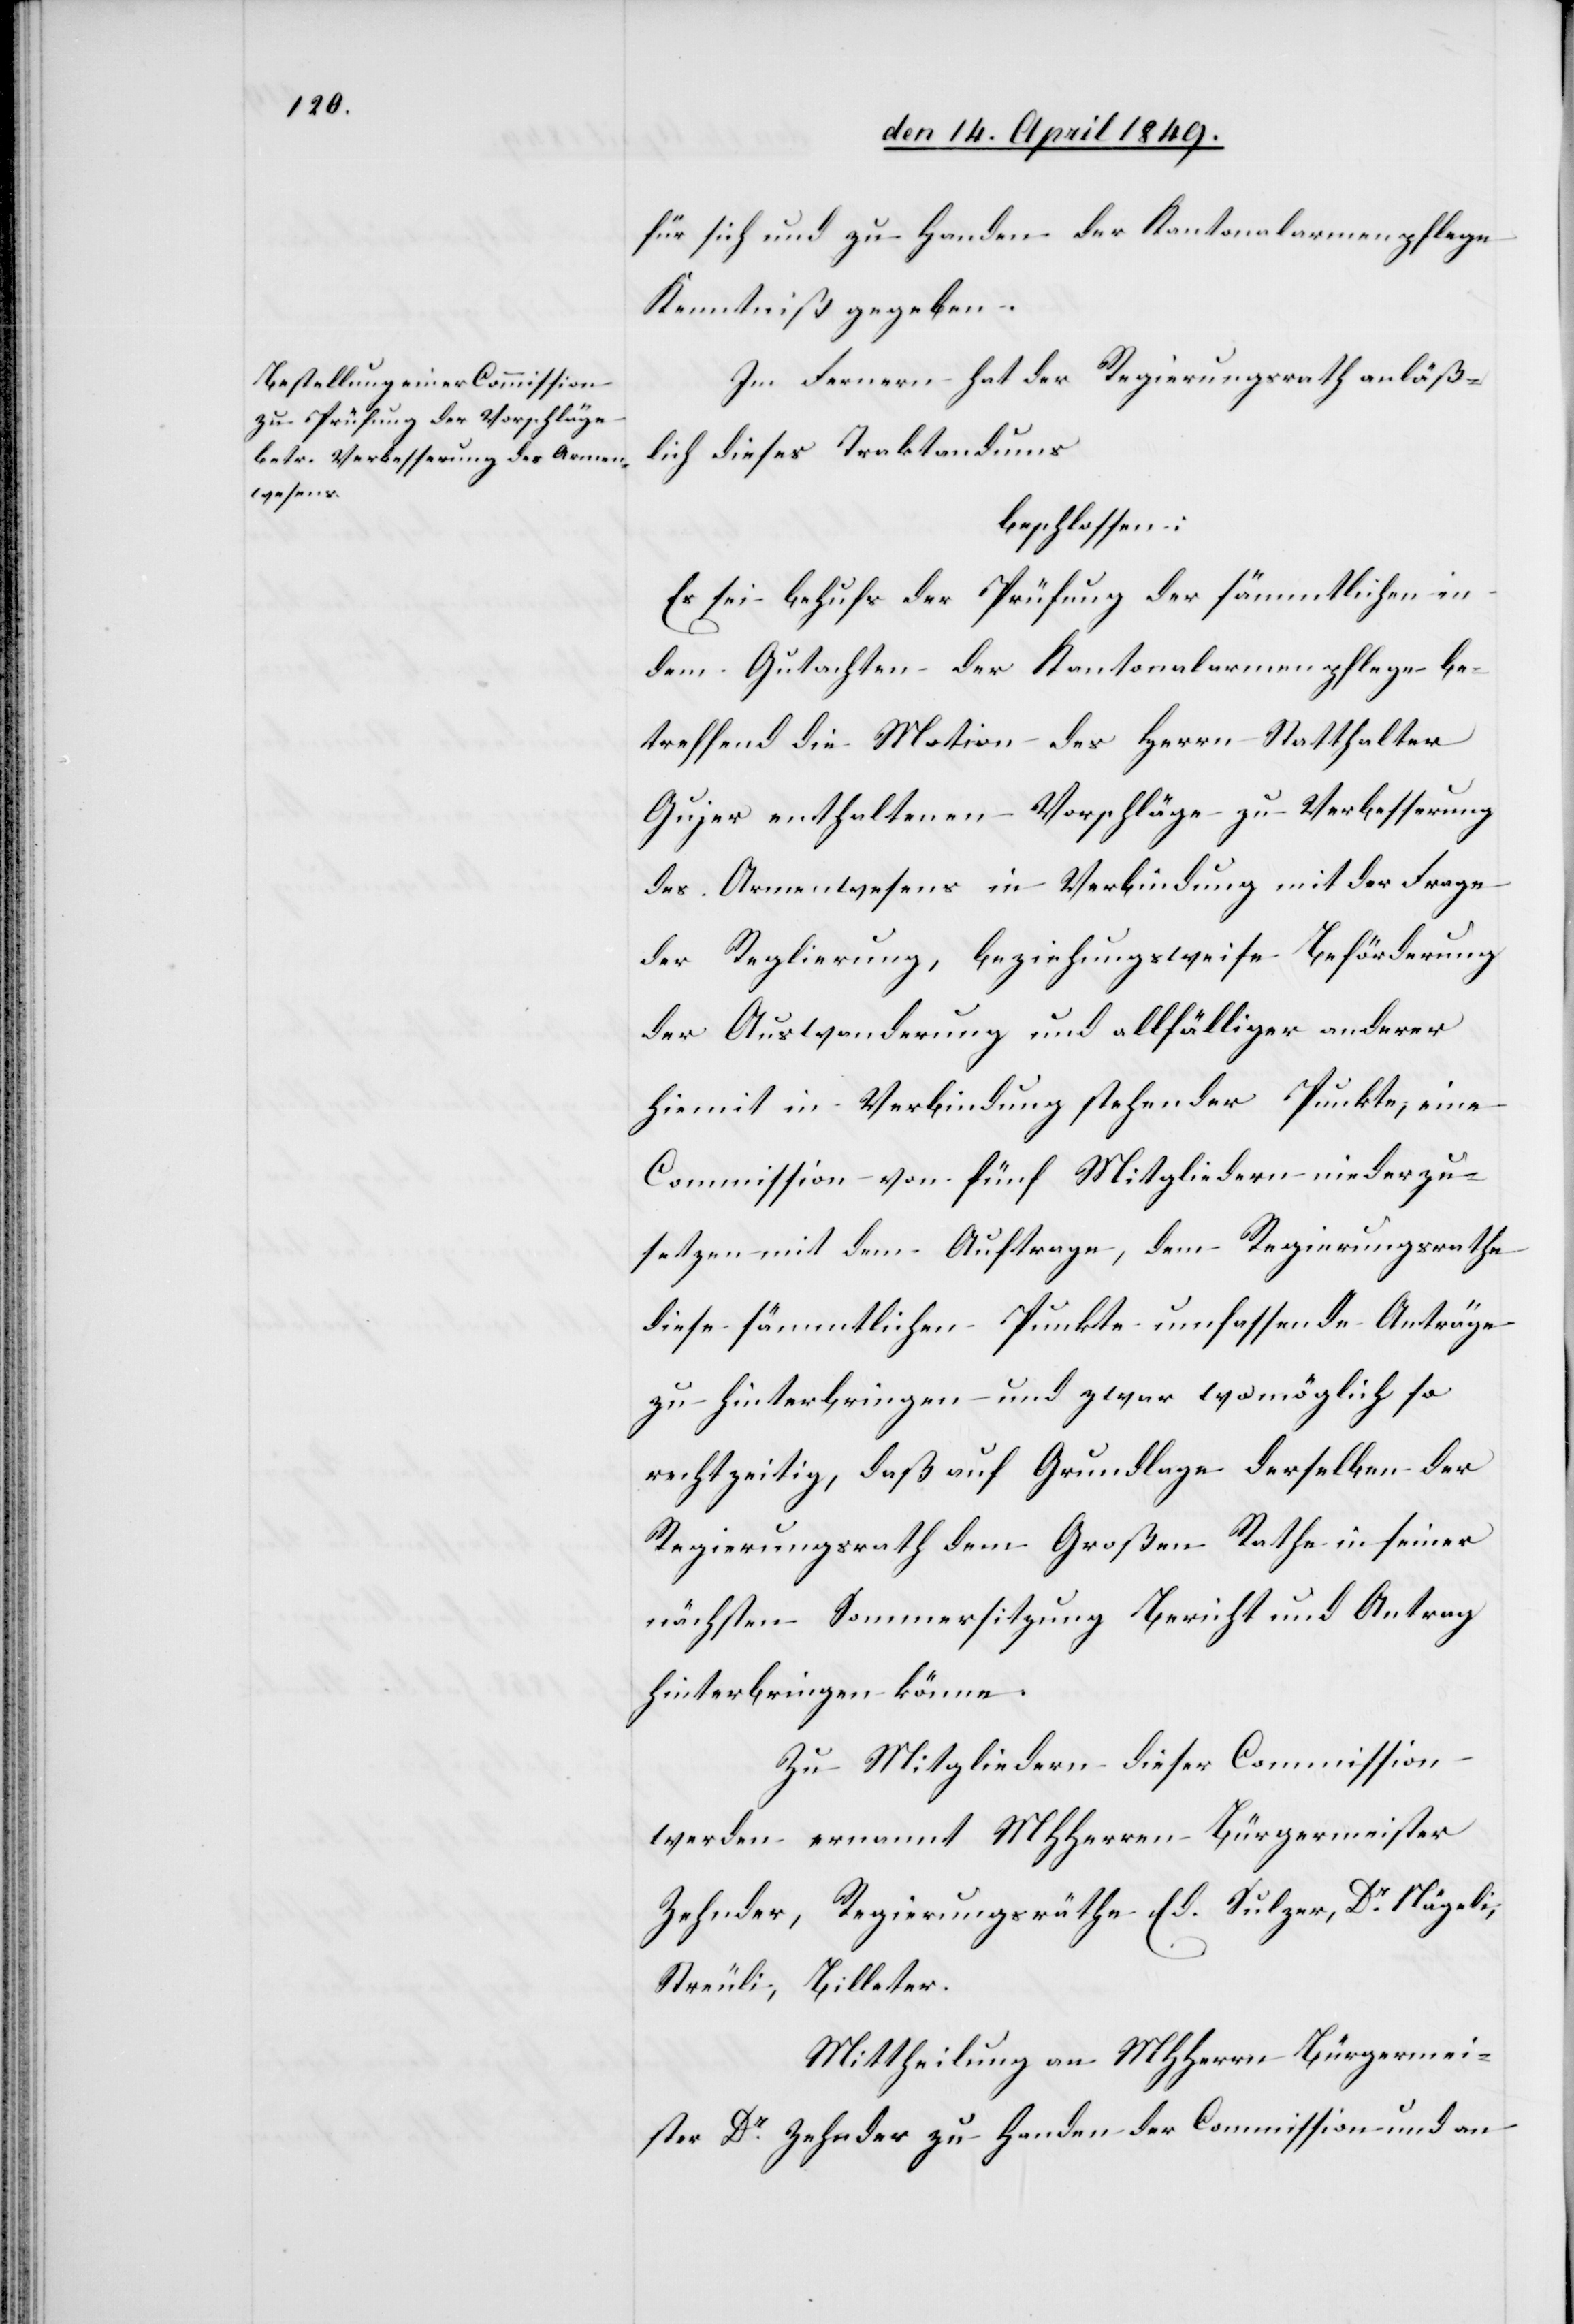
für sich und zu Handen der Kantonalarmenpflege
Kenntniß gegeben.
Im Fernern hat der Regierungsrath anläß¬
lich dieses Traktandums
beschlossen:
Es sei behufs der Prüfung der sämmtlichen in
dem Gutachten der Kantonalarmenpflege be¬
treffend die Motion des Herrn Statthalter
Gujer enthaltenen Vorschläge zu Verbesserung
des Armenwesens in Verbindung mit der Frage
der Reglierung, beziehungsweise Beförderung
der Auswanderung und allfälliger anderer
hiemit in Verbindung stehender Punkt, eine
Commission von fünf Mitgliedern niederzu¬
setzen mit dem Auftrage, dem Regierungsrathe
diese sämmtlichen Punkte umfassende Anträge
zu hinterbringen – und zwar womöglich so
rechtzeitig, daß auf Grundlage derselben der
Regierungsrath dem Großen Rathe in seiner
nächsten Sommersitzung Bericht und Antrag
hinterbringen könne.
Zu Mitgliedern dieser Commission
werden ernannt MHHerrn Bürgermeister
Zehnder, Regierungsräthe Ed. Sulzer, Dr Nägeli,
Streuli, Billeter.
Mittheilung an MHHerrn Bürgermei¬
ster Dr Zehnder zu Handen der Commission und an